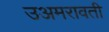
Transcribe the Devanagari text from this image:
उअमरावती